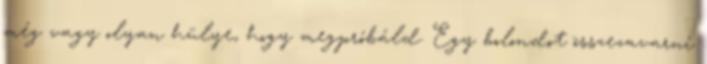
még vagy olyan hülye, hogy megpróbáld. Egy bolondot összezavarni